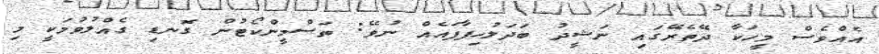
އެއްވެސް މީހަކާ ދޭތެރޭގައި ނަޝީދު ބަދަލުހިފާފައެއް ނުވޭ: ތަސްމީންކޯޓުން ގޮނޑި ގެއްލުވުމަކީ މި